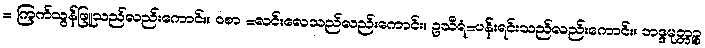
= ကြက်သွန်ဖြူသည်လည်းကောင်း။ ဝစာ =လင်းလေသည်လည်းကောင်း။ ဥသီရံ=ပန်းရင်းသည်လည်းကောင်း။ ဘဒ္ဒမုတ္တဉ္စ